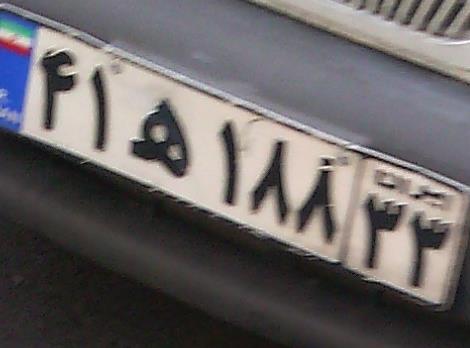
۴۱ه۱۸۸۳۳